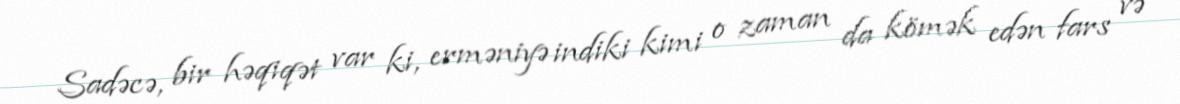
Sadəcə, bir həqiqət var ki, erməniyə indiki kimi o zaman da kömək edən fars və